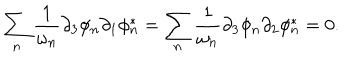
LaTeX: \sum _ { n } \frac { 1 } { \omega _ { n } } \partial _ { 3 } \phi _ { n } \partial _ { 1 } \phi _ { n } ^ { * } = \sum _ { n } \frac { 1 } { \omega _ { n } } \partial _ { 3 } \phi _ { n } \partial _ { 2 } \phi _ { n } ^ { * } = 0 .